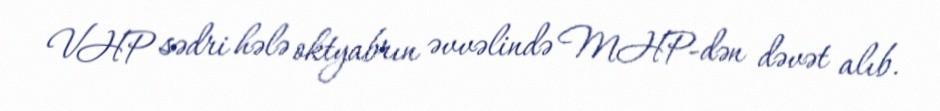
VHP sədri hələ oktyabrın əvvəlində MHP-dən dəvət alıb.